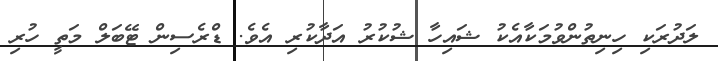
ލަދުރަކި ހިނިތުންވުމަކާއެކު ޝައިހާ ޝުކުރު އަދާކުރި އެވެ. ޑްރެސިން ޓޭބަލް މަތީ ހުރި